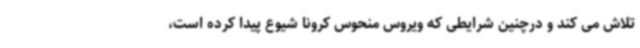
تلاش می کند و درچنین شرایطی که ویروس منحوس کرونا شیوع پیدا کرده است،